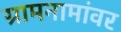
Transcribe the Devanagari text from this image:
ग्रामनामांवर